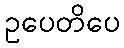
ဥပေတိပေ